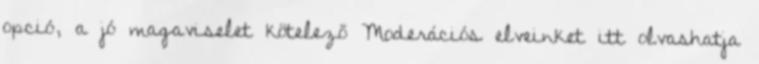
opció, a jó magaviselet kötelező Moderációs elveinket itt olvashatja